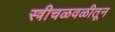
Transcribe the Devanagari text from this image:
स्त्रीचळवळीतून